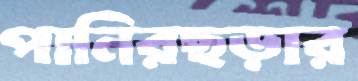
পানিরছড়ার